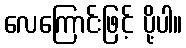
လေကြောင်းဖြင့် ပို့ပါ။